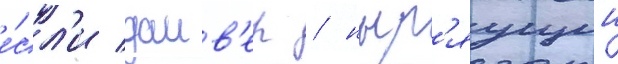
е́сл'и даив'ер / ныр'яущии